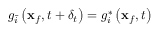
g _ { \bar { i } } \left( \mathbf { x } _ { f } , t + \delta _ { t } \right) = g _ { i } ^ { * } \left( \mathbf { x } _ { f } , t \right)